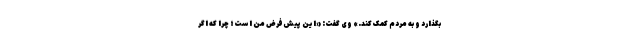
بگذارد و به مردم کمک کند.» وی گفت: «این پیش‌فرض من است؛ چرا که اگر